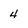
Character: 4